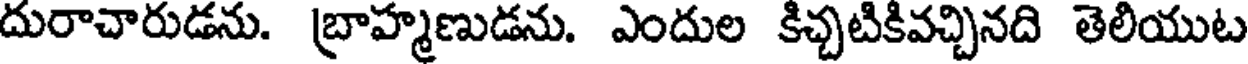
దురాచారుడను. బ్రాహ్మణుడను. ఎందుల కిచ్చటికివచ్చినది తెలియుట